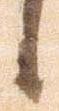
候